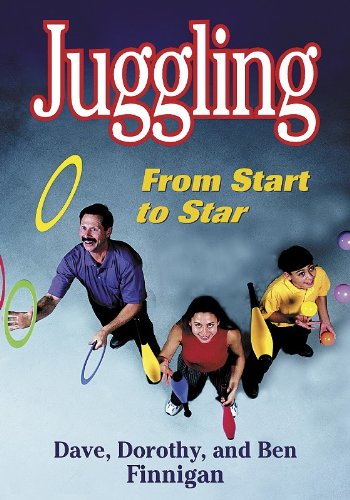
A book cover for Juggling: From Start to Star; Dave Finnigan; Sports & Outdoors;